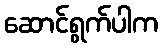
ဆောင်ရွက်ပါက